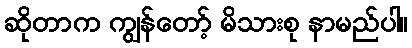
ဆိုတာက ကျွန်တော့် မိသားစု နာမည်ပါ။